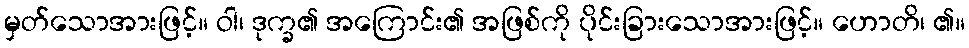
မှတ်သောအားဖြင့်။ ဝါ၊ ဒုက္ခ၏ အကြောင်း၏ အဖြစ်ကို ပိုင်းခြားသောအားဖြင့်။ ဟောတိ၊ ၏။